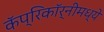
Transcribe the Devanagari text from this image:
कॅप्रिकॉर्नीमध्ये